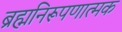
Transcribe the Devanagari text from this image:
ब्रह्मनिरूपणात्मक